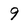
Character: 9